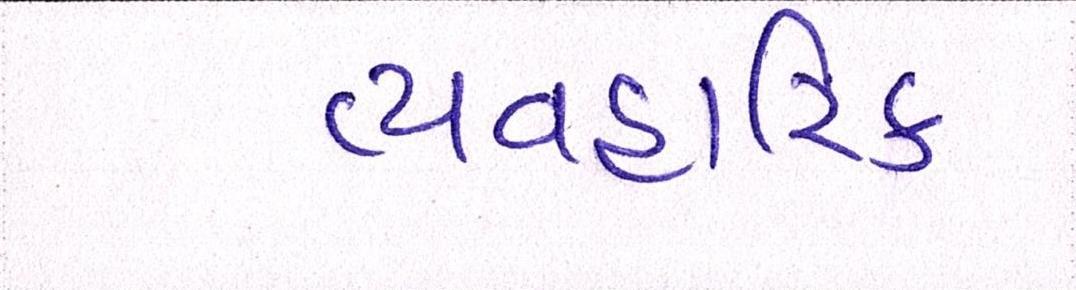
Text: વ્યવહારિક